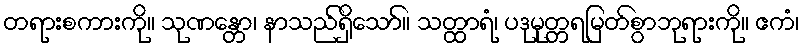
တရားစကားကို။ သုဏန္တော၊ နာသည်ရှိသော်။ သတ္ထာရံ၊ ပဒုမုတ္တရမြတ်စွာဘုရားကို။ ဧကံ၊